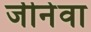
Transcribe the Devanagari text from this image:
जीनेवा